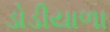
ડોડીયાળા